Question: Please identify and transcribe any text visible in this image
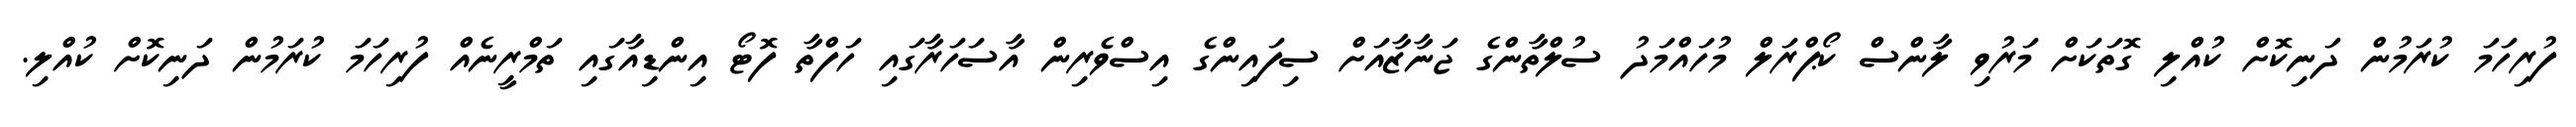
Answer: ފުރިހަމަ ކުރަމުން ދަނިކޮށް ކުއްލި ގޮތަކަށް މަރުވި ލާންސް ކޯޕްރަލް މުހައްމަދު ސުލްތާންގެ ޖަނާޒާއަށް ސިފައިންގެ އިސްވެރިން އާސަހަރާގައި ހަފްތާ ފޮޓޯ އިންޑިއާގައި ތަމްރީނެއް ފުރިހަމަ ކުރަމުން ދަނިކޮށް ކުއްލި.